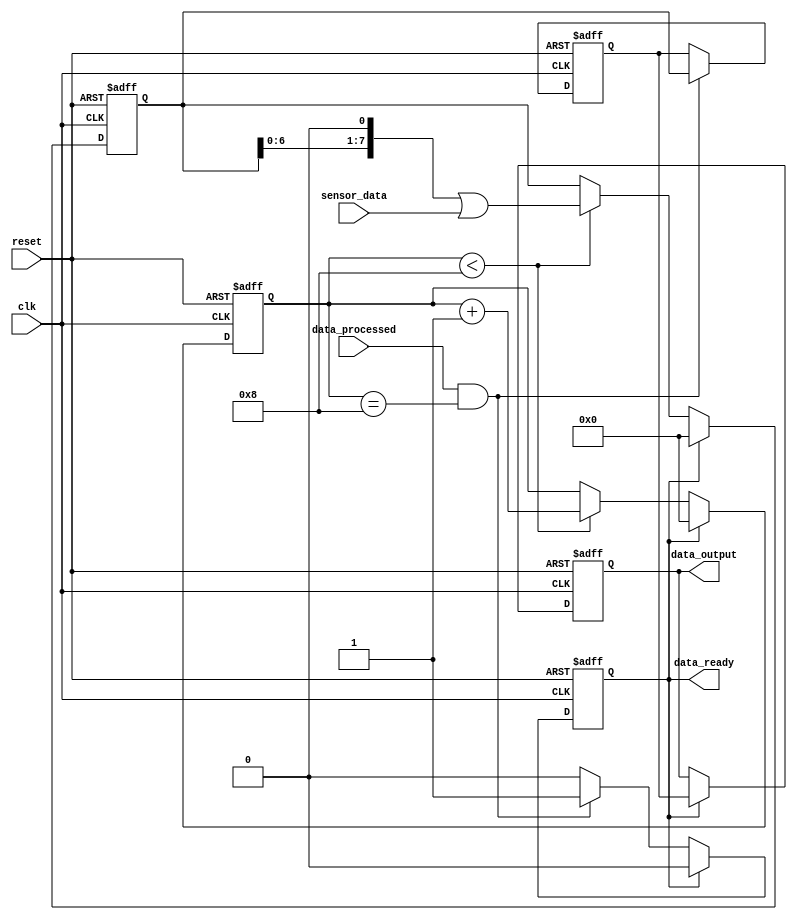
module InputBuffer #(
    parameter DATA_WIDTH = 8  // Default parameter for data width
)(
    input wire clk,
    input wire reset,
    input wire sensor_data,
    input wire data_processed,  // Signal from state machine indicating data has been processed
    output reg [DATA_WIDTH-1:0] data_output,
    output reg data_ready
);

// Internal signals and registers
reg [DATA_WIDTH-1:0] buffer;
reg [DATA_WIDTH-1:0] data_temp;
reg [DATA_WIDTH-1:0] bit_count = 0; // Bit count for data collection

// Always block for handling the shift register and outputting data
always @(posedge clk or posedge reset) begin
    if (reset) begin
        // Reset all outputs and internal registers
        buffer <= 0;
        data_temp <= 0;
        data_output <= 0;
        data_ready <= 0;
        bit_count <= 0;
    end else begin
        // Handle data collection and output
        if (bit_count < DATA_WIDTH) begin
            buffer <= (buffer << 1) | sensor_data;
            bit_count <= bit_count + 1;
        end

        // Check if data has been processed and ready to be output
        if (data_processed && (bit_count == DATA_WIDTH)) begin
            data_temp <= buffer; // Save data temporarily
            data_ready <= 1;
        end

        // Output data after ensuring it has been processed and ready
        if (data_ready) begin
            data_output <= data_temp;
            data_ready <= 0;
            buffer <= 0; // Reset buffer for new data collection
            bit_count <= 0; // Reset bit count
        end
    end
end

endmodule